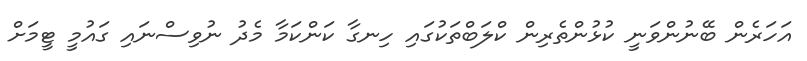
އަހަރެން ބޭނުންވަނީ ކުޅުންތެރިން ކްލަބްތަކުގައި ހިނގާ ކަންކަމާ މެދު ނުވިސްނައި ގައުމީ ޓީމަށް